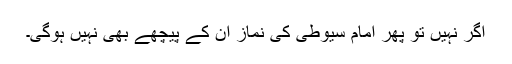
اگر نہیں تو پھر امام سیوطیؒ کی نماز ان کے پیچھے بھی نہیں ہوگی۔